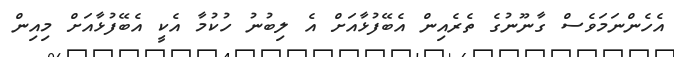
އެހެންނަމަވެސް ގާނޫނުގެ ތެރެއިން އެބޭފުޅާއަށް އެ ލިބުނު ހުކުމާ އެކީ އެބޭފުޅާއަށް މިއިން